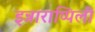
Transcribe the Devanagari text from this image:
इन्नाराप्पिली